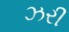
ઝરી